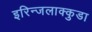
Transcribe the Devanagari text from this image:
इरिन्जलाक्कुडा